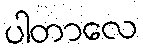
ပါတာလေ